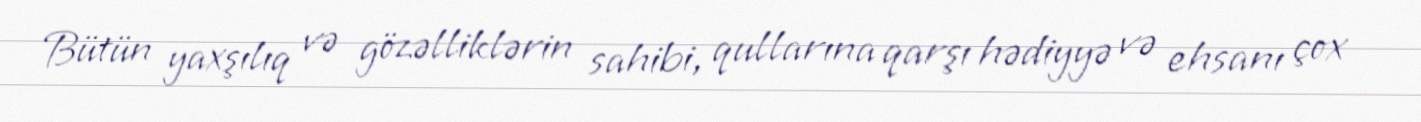
Bütün yaxşılıq və gözəlliklərin sahibi, qullarına qarşı hədiyyə və ehsanı çox